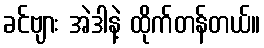
ခင်ဗျား အဲဒါနဲ့ ထိုက်တန်တယ်။